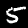
Label: 5